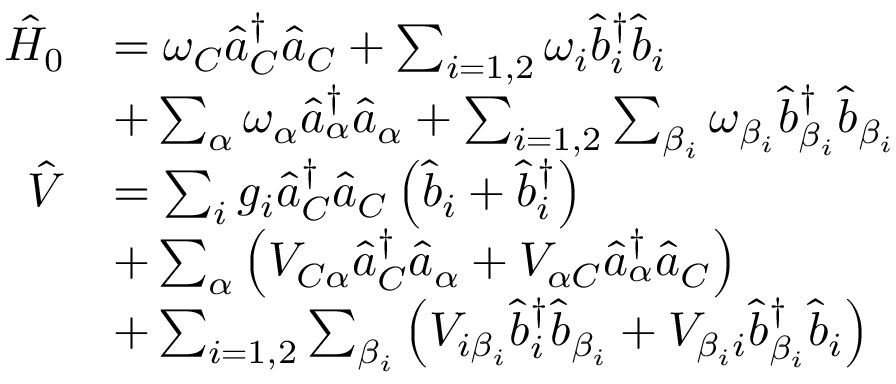
\begin{array} { r l } { \hat { H } _ { 0 } } & { = \omega _ { C } \hat { a } _ { C } ^ { \dagger } \hat { a } _ { C } + \sum _ { i = 1 , 2 } \omega _ { i } \hat { b } _ { i } ^ { \dagger } \hat { b } _ { i } } \\ & { + \sum _ { \alpha } \omega _ { \alpha } \hat { a } _ { \alpha } ^ { \dagger } \hat { a } _ { \alpha } + \sum _ { i = 1 , 2 } \sum _ { \beta _ { i } } \omega _ { \beta _ { i } } \hat { b } _ { \beta _ { i } } ^ { \dagger } \hat { b } _ { \beta _ { i } } } \\ { \hat { V } } & { = \sum _ { i } g _ { i } \hat { a } _ { C } ^ { \dagger } \hat { a } _ { C } \left( \hat { b } _ { i } + \hat { b } _ { i } ^ { \dagger } \right) } \\ & { + \sum _ { \alpha } \left( V _ { C \alpha } \hat { a } _ { C } ^ { \dagger } \hat { a } _ { \alpha } + V _ { \alpha C } \hat { a } _ { \alpha } ^ { \dagger } \hat { a } _ { C } \right) } \\ & { + \sum _ { i = 1 , 2 } \sum _ { \beta _ { i } } \left( V _ { i \beta _ { i } } \hat { b } _ { i } ^ { \dagger } \hat { b } _ { \beta _ { i } } + V _ { \beta _ { i } i } \hat { b } _ { \beta _ { i } } ^ { \dagger } \hat { b } _ { i } \right) } \end{array}